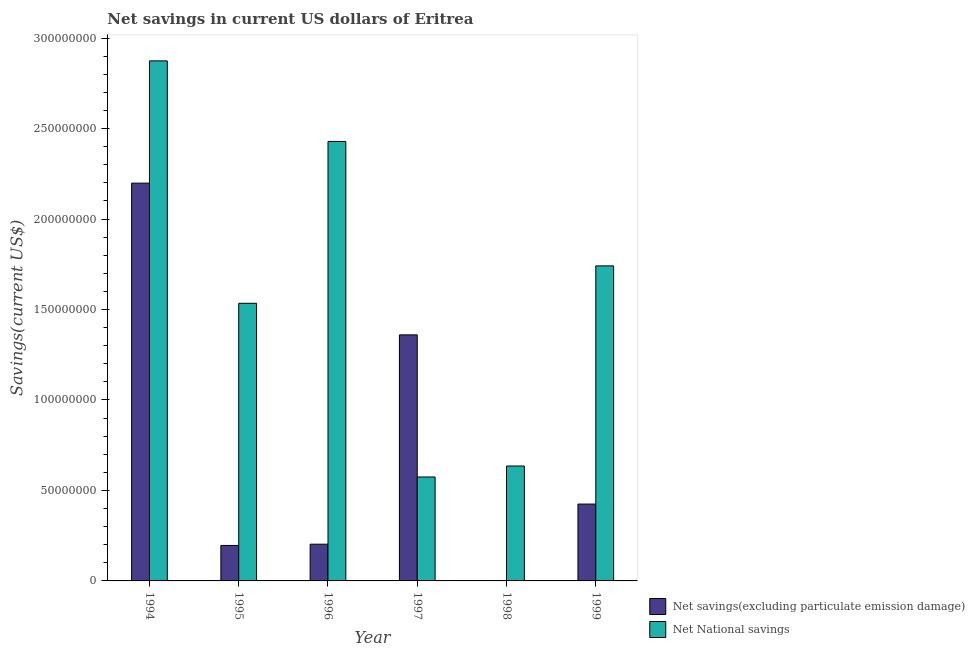
| Year | Net savings(excluding particulate emission damage) | Net National savings |
 | --- | --- | --- |
 | 1994 | 2.2e+08 | 2.87e+08 |
 | 1995 | 1.96e+07 | 1.53e+08 |
 | 1996 | 2.03e+07 | 2.43e+08 |
 | 1997 | 1.36e+08 | 5.74e+07 |
 | 1998 | -5.82e+07 | 6.35e+07 |
 | 1999 | 4.25e+07 | 1.74e+08 |